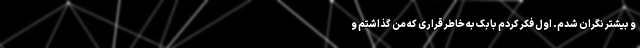
و بیشتر نگران شدم. اول فکر کردم بابک به خاطر قراری که من گذاشتم و